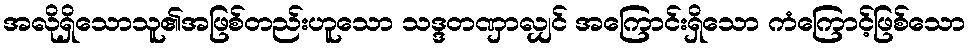
အလိုရှိသောသူ၏အဖြစ်တည်းဟူသော သဒ္ဒတဏှာလျှင် အကြောင်းရှိသော ကံကြောင့်ဖြစ်သော